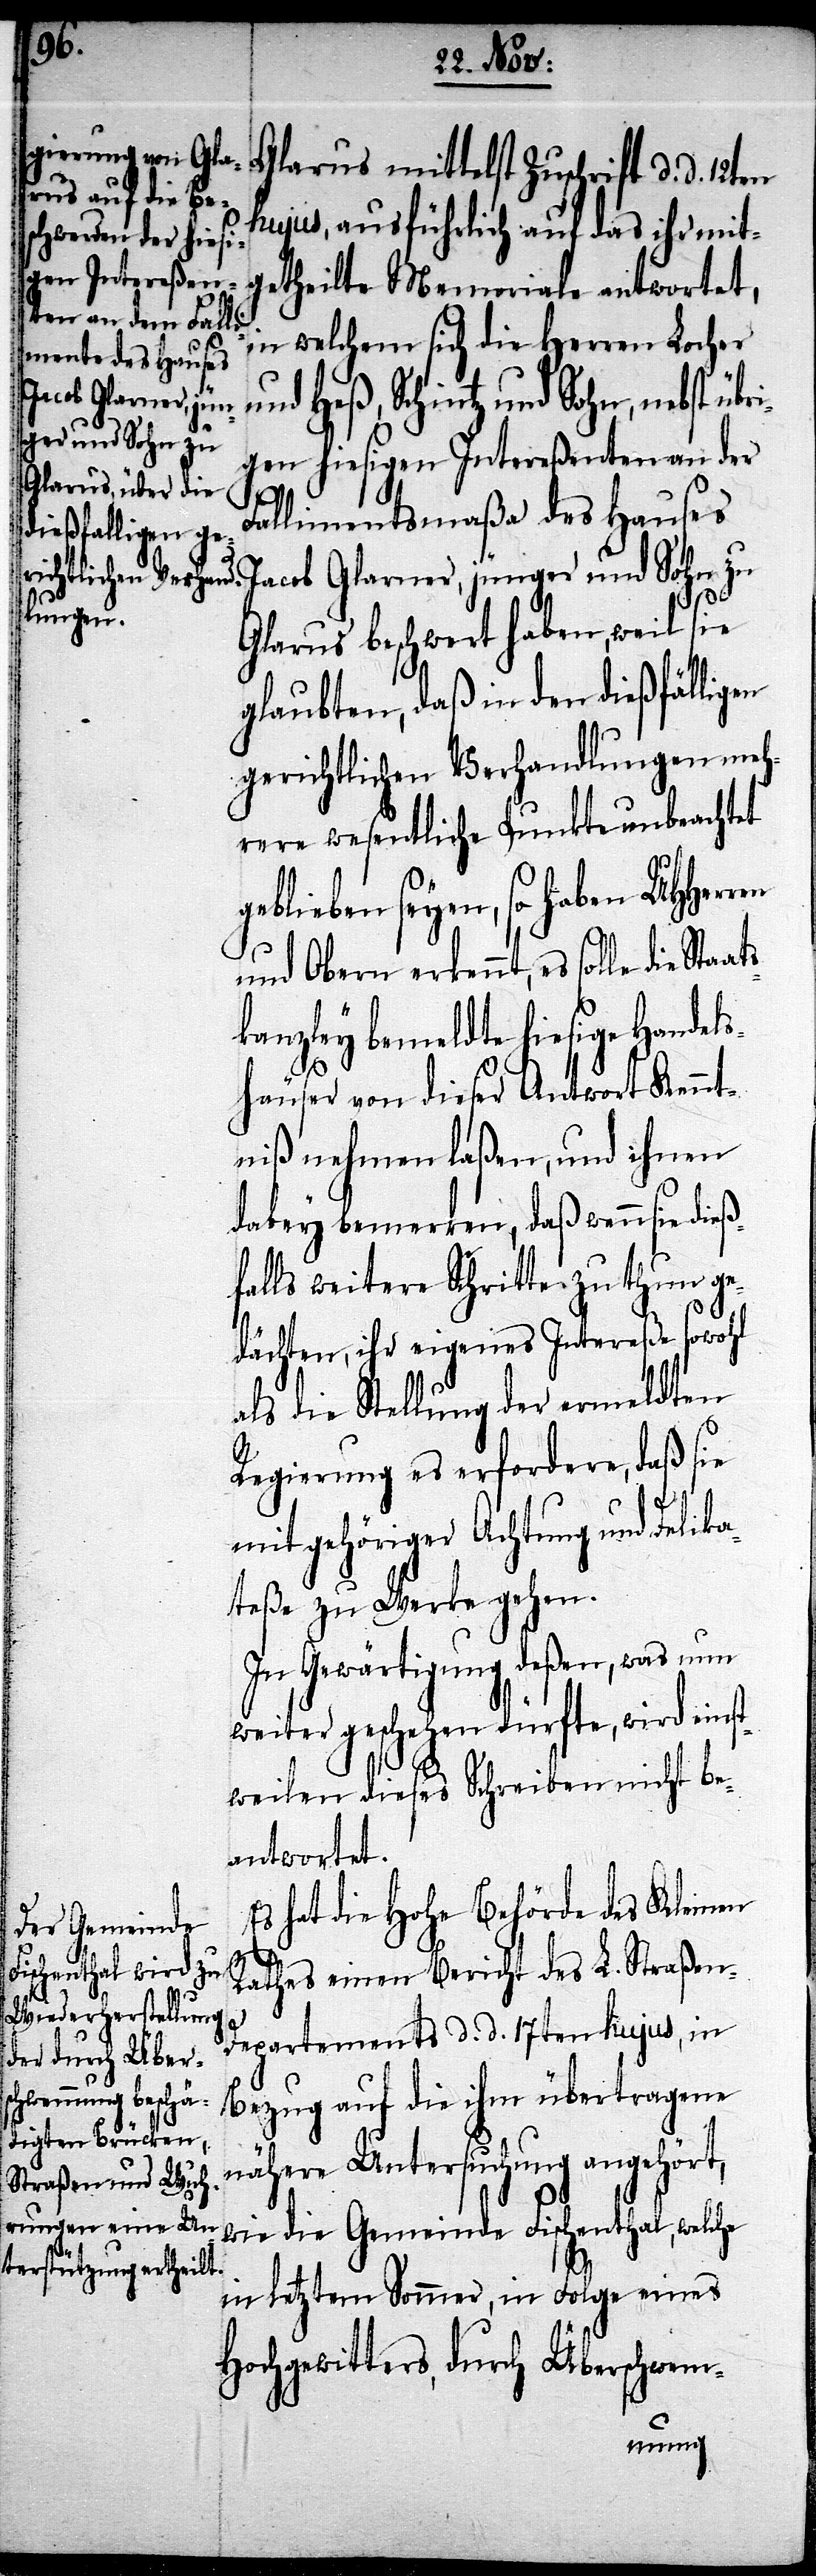
aats¬
Glarus mittelst Zuschrift d. d.
hujus, ausführlich auf das ihr mit¬
getheilte Memoriale antwortet,
in welchem sich die Herren Locher
und Heß, Schintz und Sohn, nebst üb¬
gen hiesigen Intereßenten an der
St¬
Fallimentsmaßa des Hauses
Jacob Glarner, jünger und Sohn zu
Glarus beschwert haben, weil sie
glaubten, daß in den dießfälligen
gerichtlichen Verhandlungen meh¬
rere wesentliche Punkte unbeachtet
geblieben seyen, so haben UHHerren
und Obern erkennt, es solle
kanzley bemeldte hiesige Handels¬
häuser von dieser Antwort Kennt¬
niß nehmen laßen, und ihnen
dabey bemerken, daß wenn sie dieß¬
falls weitere Schritte zu thun ge¬
dächten, ihr eigenen Intereße sowohl
als die Stellung der ermeldten
Regierung es erfordere, daß sie
mit gehöriger Achtung und Delika¬
teße zu Werke gehen.
In Gewärtigung deßen, was nun
weiter geschehen dürfte, wird einst¬
weilen dieses Schreiben nicht be¬
antwortet.
Es hat die Hohe Behörde der Kleinen
Rathes einen Bericht des L. Straßen-D¬
epartements d. d. 17ten hujus, in
Bezug auf die ihm übertragene
nähere Untersuchung angehört,
wie die Gemeinde Fischenthal, welche
in letztem Sommer, in Folge eines
Hochgewitters, durch Überschwem-